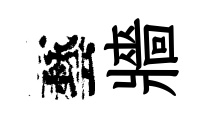
藝牆